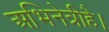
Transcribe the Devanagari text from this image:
अभिनेत्रीहै।